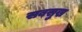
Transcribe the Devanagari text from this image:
सबसुख